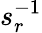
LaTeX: s_{r}^{-1}